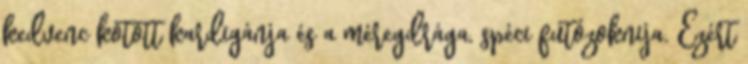
kedvenc kötött kardigánja és a méregdrága, spéci futózoknija. Ezért